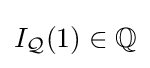
I_{\mathcal {Q}}(1)\in \mathbb {Q}